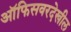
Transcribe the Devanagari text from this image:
ऑफिसवरदेखील